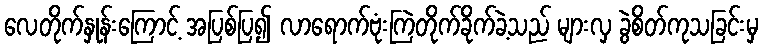
လေတိုက်နှုန်းကြောင့် အပြစ်ပြ၍ လာရောက်ဗုံးကြဲတိုက်ခိုက်ခဲ့သည် များလှ ခွဲစိတ်ကုသခြင်းမှ